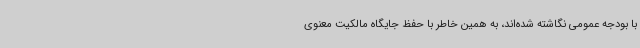
با بودجه عمومی نگاشته شده‌اند، به همین خاطر با حفظ جایگاه مالکیت معنوی